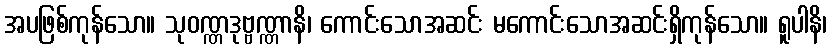
အပဖြစ်ကုန်သော။ သုဝဏ္ဏဒုဗ္ဗဏ္ဏာနိ၊ ကောင်းသောအဆင်း မကောင်းသောအဆင်းရှိကုန်သော။ ရူပါနိ၊